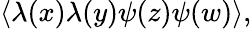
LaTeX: \langle\lambda(x)\lambda(y)\psi(z)\psi(w)\rangle,